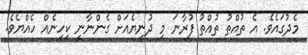
މެދުގައެވެ. އެ ތުއްތު ތުއްތު ފުރާނަ މި ދުނިޔެއަށް ގެންނާނީ ކިހިނެއް ހެއްޔެވެ.